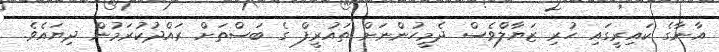
އާނާގެ ކައިރީގައި ހުރި ޒަޔާލްވެސް ދެމީހުންނަށް ތައުރީފް ގެ ބަސްތަށް ރައްދުކުރަމުން ދިޔައެވެ.